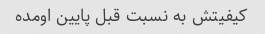
کیفیتش به نسبت قبل پایین اومده